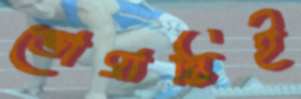
ভোগান্তিই